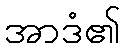
အာဒံ၏